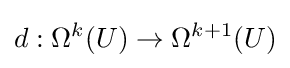
d:\Omega ^{k}(U)\to \Omega ^{k+1}(U)